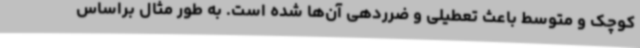
کوچک و متوسط باعث تعطیلی و ضرردهی آن‌ها شده است. به طور مثال براساس